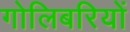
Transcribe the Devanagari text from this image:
गोलिबरियों